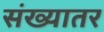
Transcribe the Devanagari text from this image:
संख्यातर